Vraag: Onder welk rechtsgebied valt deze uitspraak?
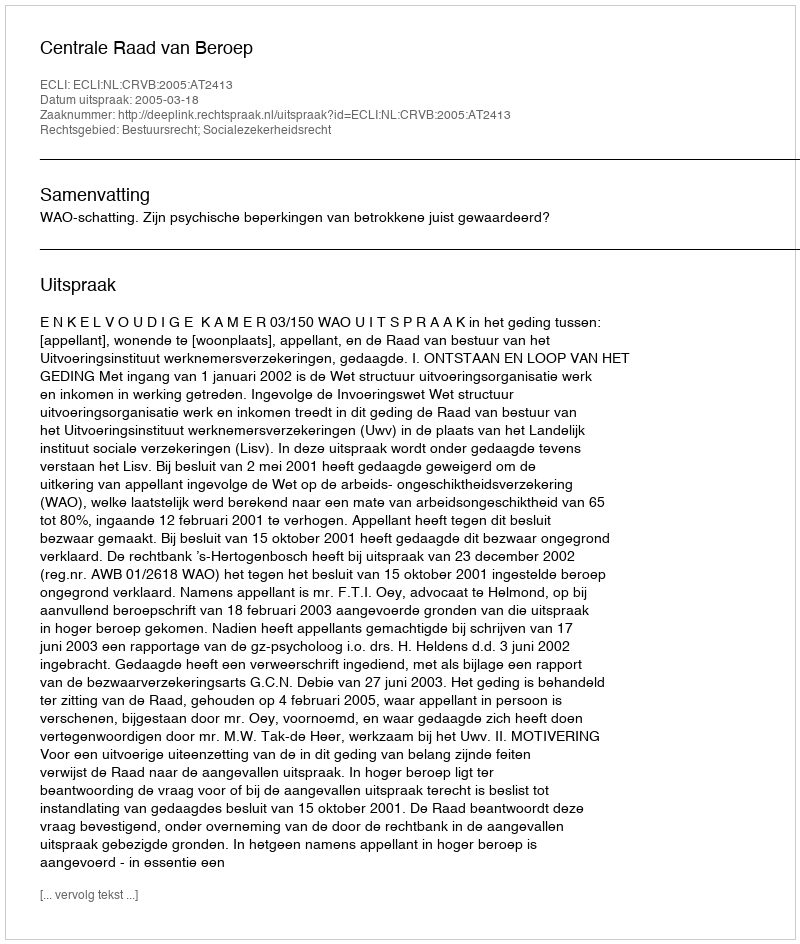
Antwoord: Bestuursrecht; Socialezekerheidsrecht